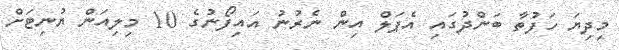
މިދިޔަ ހަފުތާ ބަންދުގައި އެޕަލް އިން ނެރުނު އައިފޯނުގެ 10 މިލިއަން ޔުނިޓަށް